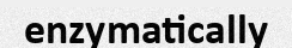
enzymatically